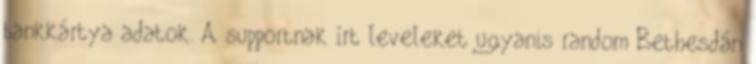
bankkártya adatok. A supportnak írt leveleket ugyanis random Bethesdán